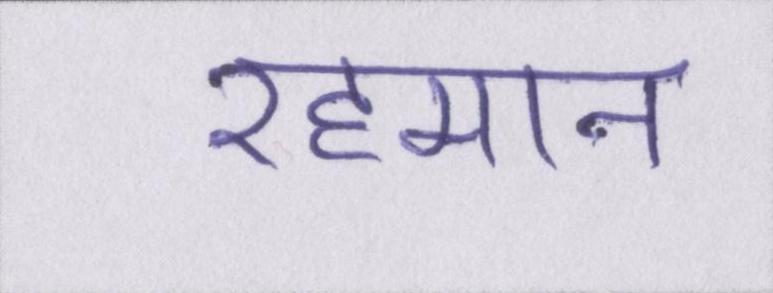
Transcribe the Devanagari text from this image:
रहमान